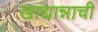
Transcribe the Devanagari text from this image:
खाद्यान्नाची